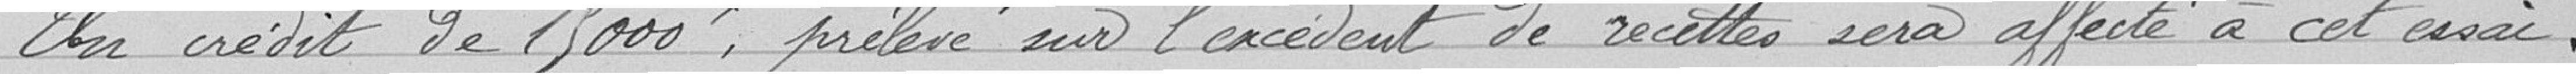
Un crédit de 19000 , prélevé sur l'excédent de recettes sera affecté à cet exercice.